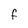
Character: F